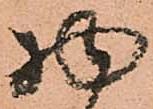
物